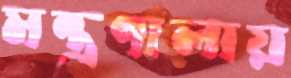
মন্ত্রণালায়